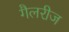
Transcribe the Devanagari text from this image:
गैलरीज